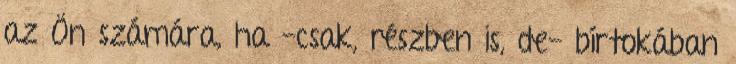
az Ön számára, ha -csak, részben is, de- bírtokában